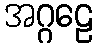
အဂ္ဂဠေ